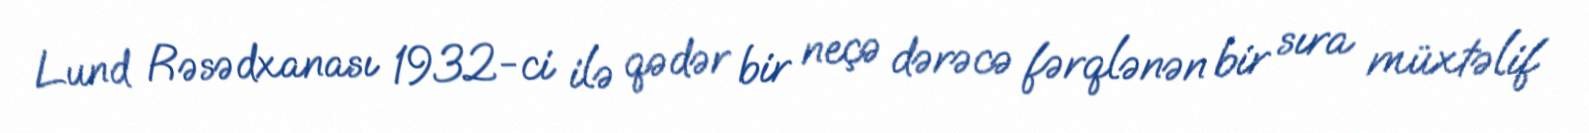
Lund Rəsədxanası 1932-ci ilə qədər bir neçə dərəcə fərqlənən bir sıra müxtəlif